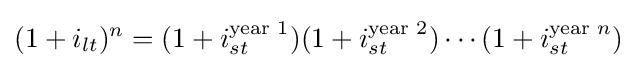
(1+i_{lt})^{n}=(1+i_{st}^{{\text{year }}1})(1+i_{st}^{{\text{year }}2})\cdots (1+i_{st}^{{\text{year }}n})